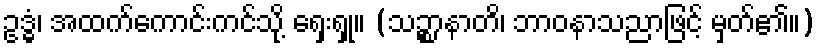
ဥဒ္ဓံ၊ အထက်ကောင်းကင်သို့ ရှေးရှု။ (သဉ္စာနာတိ၊ ဘာဝနာသညာဖြင့် မှတ်၏။)